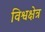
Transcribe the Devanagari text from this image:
विश्वक्षेत्र